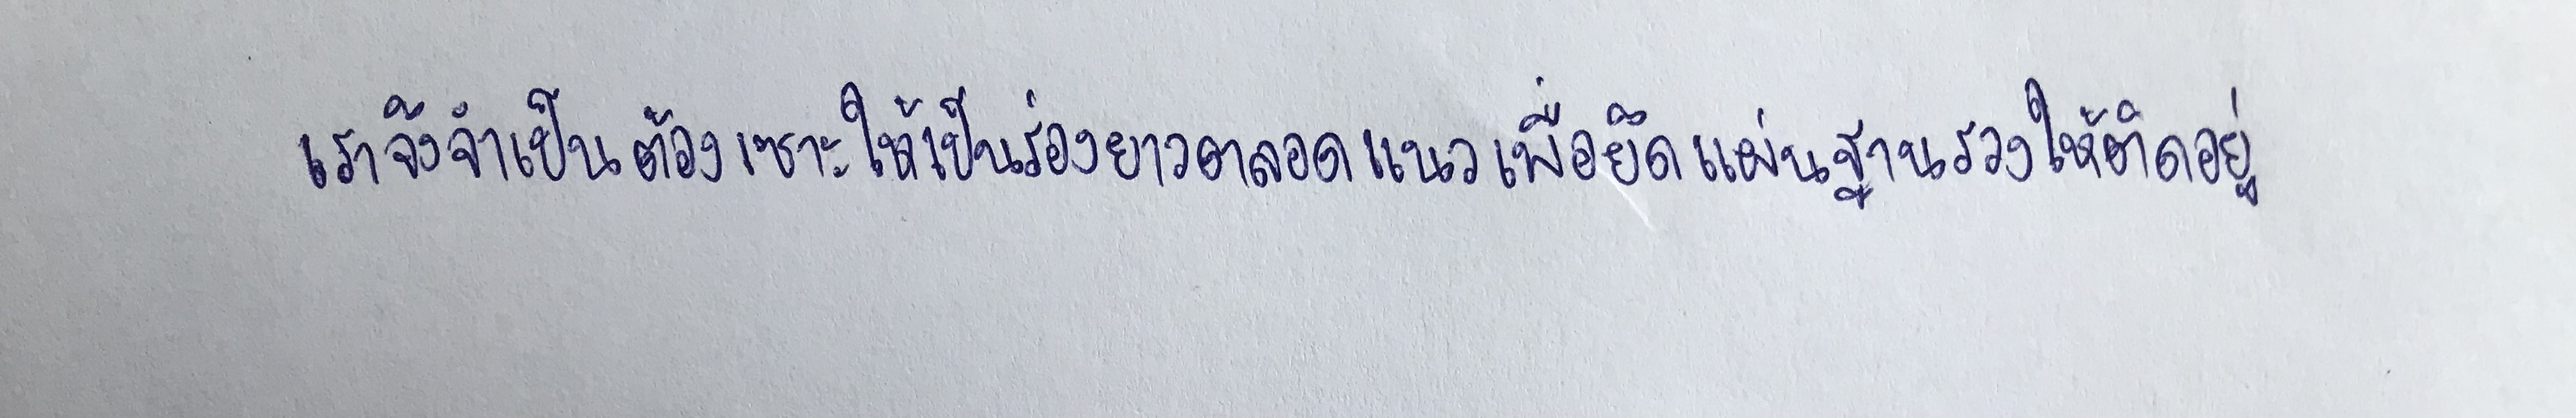
เราจึงจำเป็นต้องเซาะให้เป็นร่องยาวตลอดแนวเพื่อยึดแผ่นฐานรวงให้ติดอยู่